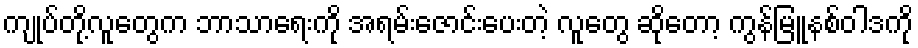
ကျုပ်တို့လူတွေက ဘာသာရေးကို အရမ်းဇောင်းပေးတဲ့ လူတွေ ဆိုတော့ ကွန်မြူနစ်ဝါဒကို